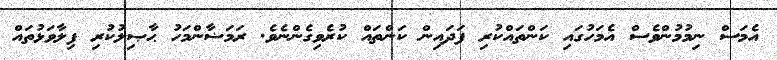
އެމަސް ނިމުމުންވެސް އެމަހުގައި ކަންތައްކުރި ފަދައިން ކަންތައް ކުރެވިގެންނެވެ. ރަމަޟާންމަހު ޙާޞިލުކުރި ފިލާވަޅުތައް